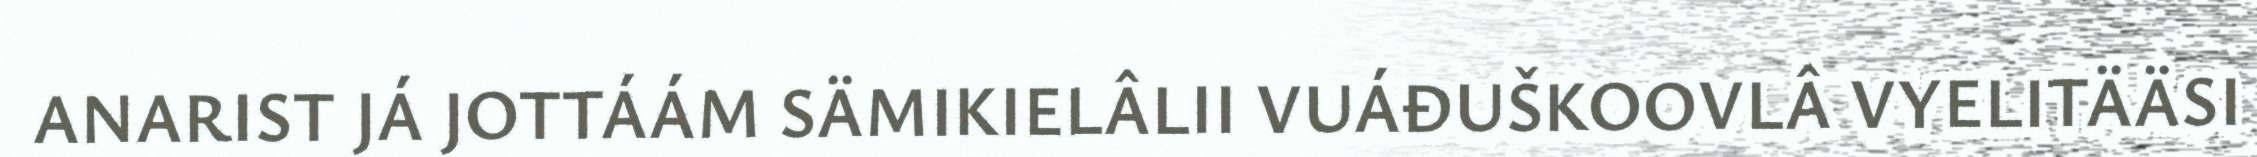
ANARIST JÁ JOTTÁÁM SÄMIKIELÂLII VUÁĐUŠKOOVLÂ VYELITÄÄSI